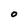
Character: 0